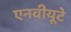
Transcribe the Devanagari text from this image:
एनवीयूटे